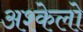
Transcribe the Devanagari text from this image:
अश्केलो